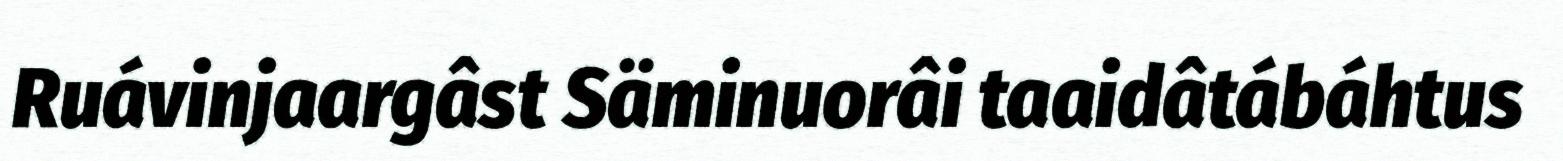
Ruávinjaargâst Säminuorâi taaidâtábáhtus